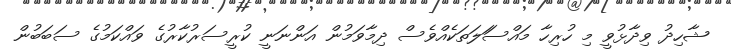
ޝާހިދު ވިދާޅުވީ މި ހުރިހާ މައްސަަލަތަކެއްވެސް ދިމާވަމުން އަންނަނީ ކުރީސަރުކާރުގެ ވައްކަމުގެ ސަބަބުން